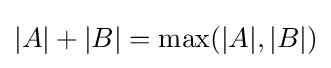
|A|+|B|=\operatorname {max} (|A|,|B|)